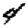
Digit: 4